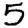
Digit: 5